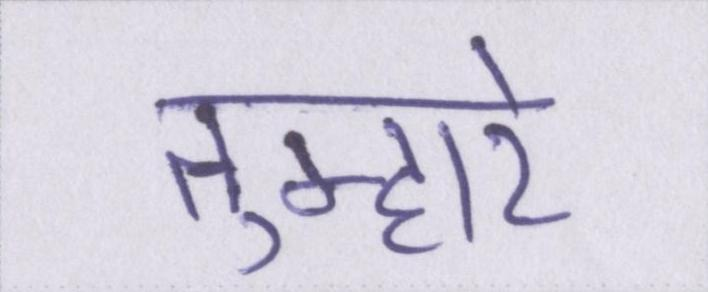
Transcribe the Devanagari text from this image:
तुम्हारे